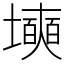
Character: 㙽